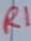
Text: R1